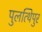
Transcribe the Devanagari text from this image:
पुलत्थिपुर